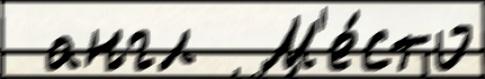
 англ  М'е́сто